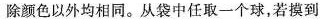
除颜色以外均相同。从袋中任取一个球，若摸到